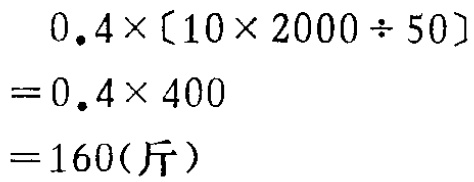
\[

\begin{align*}

&0.4\times(10\times2000\div50)\\

=&0.4\times400\\

=&160(\text{斤})

\end{align*}

\]